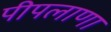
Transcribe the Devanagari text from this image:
पीपलाणा